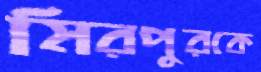
মিরপুরকে